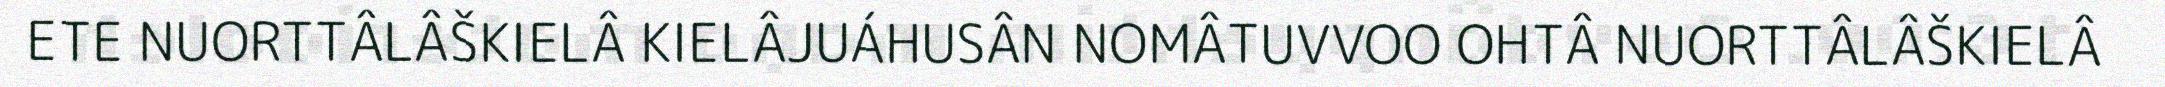
ETE NUORTTÂLÂŠKIELÂ KIELÂJUÁHUSÂN NOMÂTUVVOO OHTÂ NUORTTÂLÂŠKIELÂ